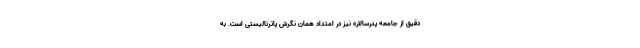
دقیق از جامعه پدرسالار» نیز در امتداد همان نگرش پاترنالیستی است. به